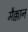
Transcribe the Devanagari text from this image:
मैक्कान